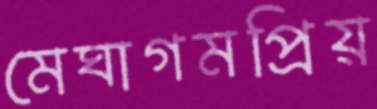
মেঘাগমপ্রিয়